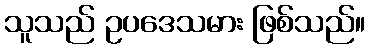
သူသည် ဥပဒေသမား ဖြစ်သည်။